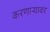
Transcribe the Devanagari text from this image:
करणार्‍यावर